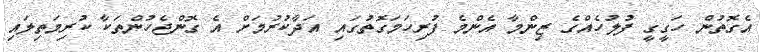
އެގޮތުން ހަގީގީ ފުލުހެއްގެ ޒިންމާ އެންމެ ފުރިހަމަގޮތުގައި އަދާކުރުމަށް އެ ގޮންޖެހުންތަކާ ކުރިމަތިލައި